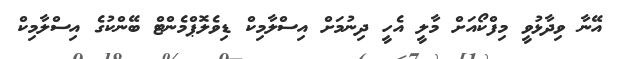
އޭނާ ވިދާޅުވީ މިފްކޯއަށް މާލީ އެހީ ދިނުމަށް އިސްލާމިކް ޑިވެލޮޕްމެންޓް ބޭންކުގެ އިސްލާމިކް